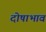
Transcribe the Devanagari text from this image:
दोषाभाव